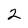
Character: 2